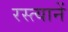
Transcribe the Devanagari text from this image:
रस्त्यानें